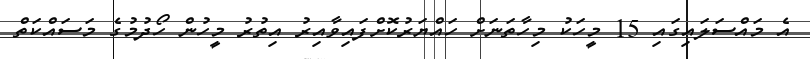
އެ މައްސަލައިގައި 15 މީހަކު މިހާތަނަށް ހައްޔަރުކޮށްފައިވާއިރު އިތުރު މީހުން ހޯދުމުގެ މަސައްކަތް